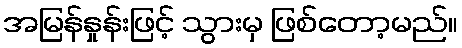
အမြန်နှုန်းဖြင့် သွားမှ ဖြစ်တော့မည်။